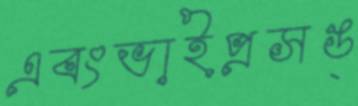
এবংভাইপ্রসঙ্